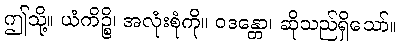
ဤသို့။ ယံကိဉ္စိ၊ အလုံးစုံကို။ ဝဒန္တော၊ ဆိုသည်ရှိသော်။